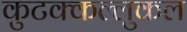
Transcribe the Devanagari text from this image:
कुटक्कल्लुकल